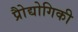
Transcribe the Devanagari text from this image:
प्रोैद्योगिकी